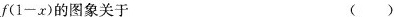
$$f(1-x)$$的图象关于 ( )